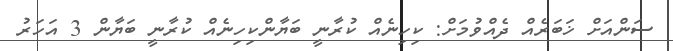
ސަންއަށް ޚަބަރެއް ދެއްވުމަށް: ކިހިނެއް ކުރާނީ ބަޔާންކިހިނެއް ކުރާނީ ބަޔާން 3 އަހަރު